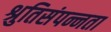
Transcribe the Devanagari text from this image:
श्रुतिसंपन्नता